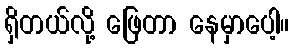
ရှိတယ်လို့ ဖြေတာ နေမှာပေါ့။